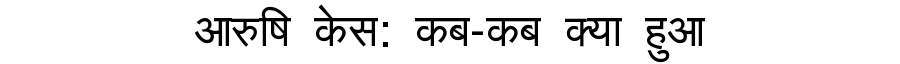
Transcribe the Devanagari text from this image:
आरुषि केस: कब-कब क्या हुआ